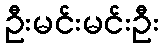
ဦးမင်းမင်းဦး